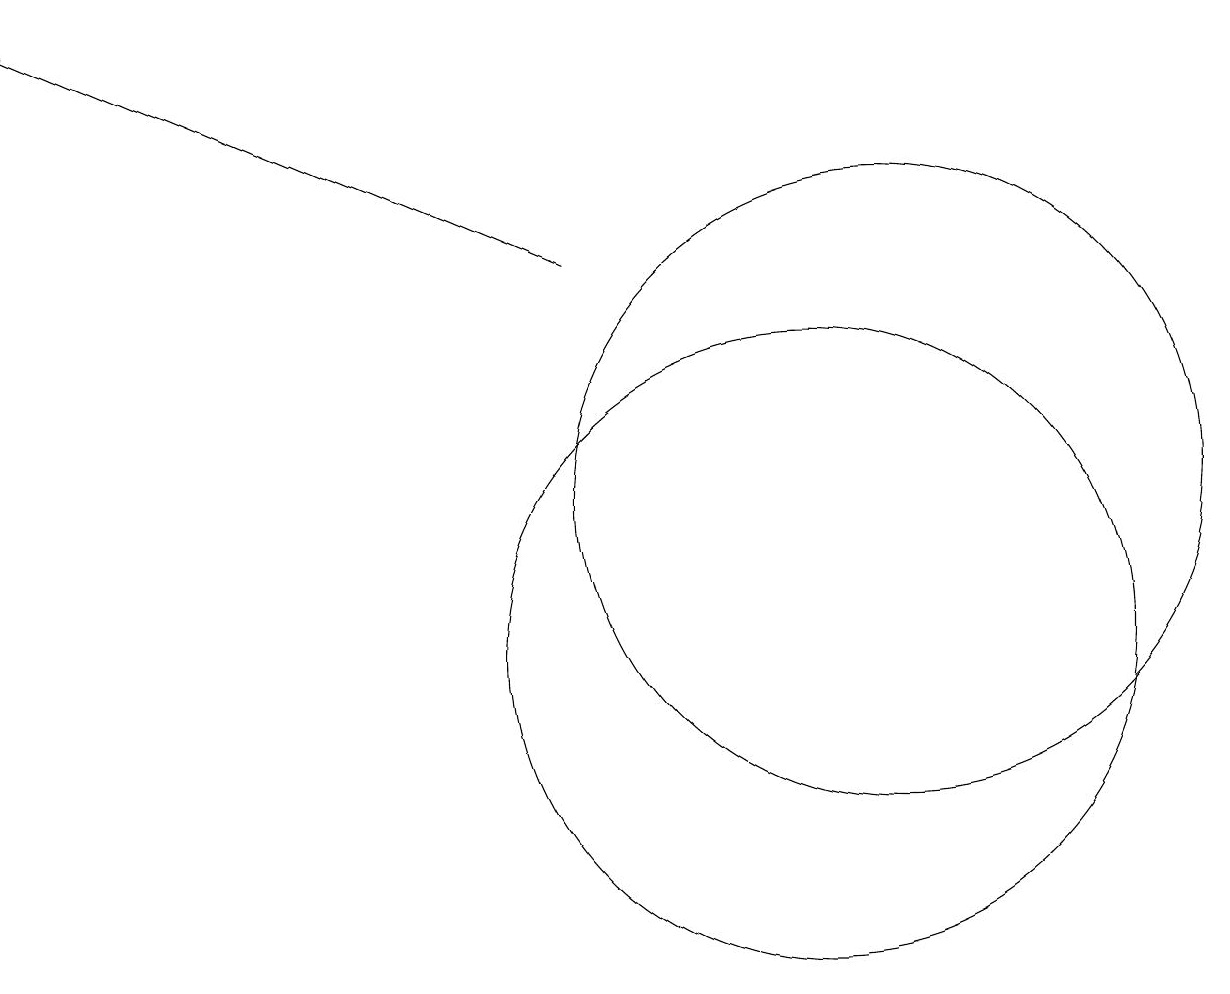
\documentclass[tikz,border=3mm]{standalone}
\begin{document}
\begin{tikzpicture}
\draw[->] (7,15) -- (0,18);
\draw (10,10) circle (4);
\draw (11,12) circle (4);
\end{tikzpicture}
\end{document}